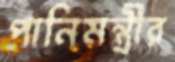
পানিমন্ত্রীর